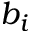
b _ { i }